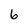
Character: 6